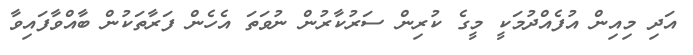
އަދި މިއިން އުފެއްދުމަކީ މީގެ ކުރިން ސަރުކާރުން ނުވަތަ އެހެން ފަރާތަކުން ބާއްވާފައިވާ